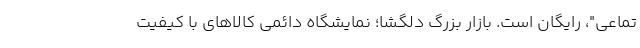
تماعی"، رایگان است. بازار بزرگ دلگشا؛ نمایشگاه دائمی کالاهای با کیفیت